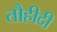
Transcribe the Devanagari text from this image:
तौहीदी